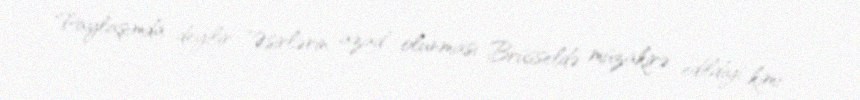
Paylaşımda deyilir: "Əsirlərin azad olunması Brüsseldə müzakirə edildiyi kimi